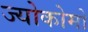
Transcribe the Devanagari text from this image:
ज्योकोमो